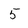
Character: 5